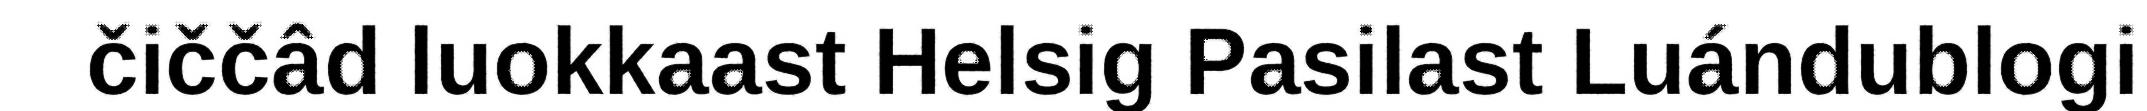
čiččâd luokkaast Helsig Pasilast Luándublogi